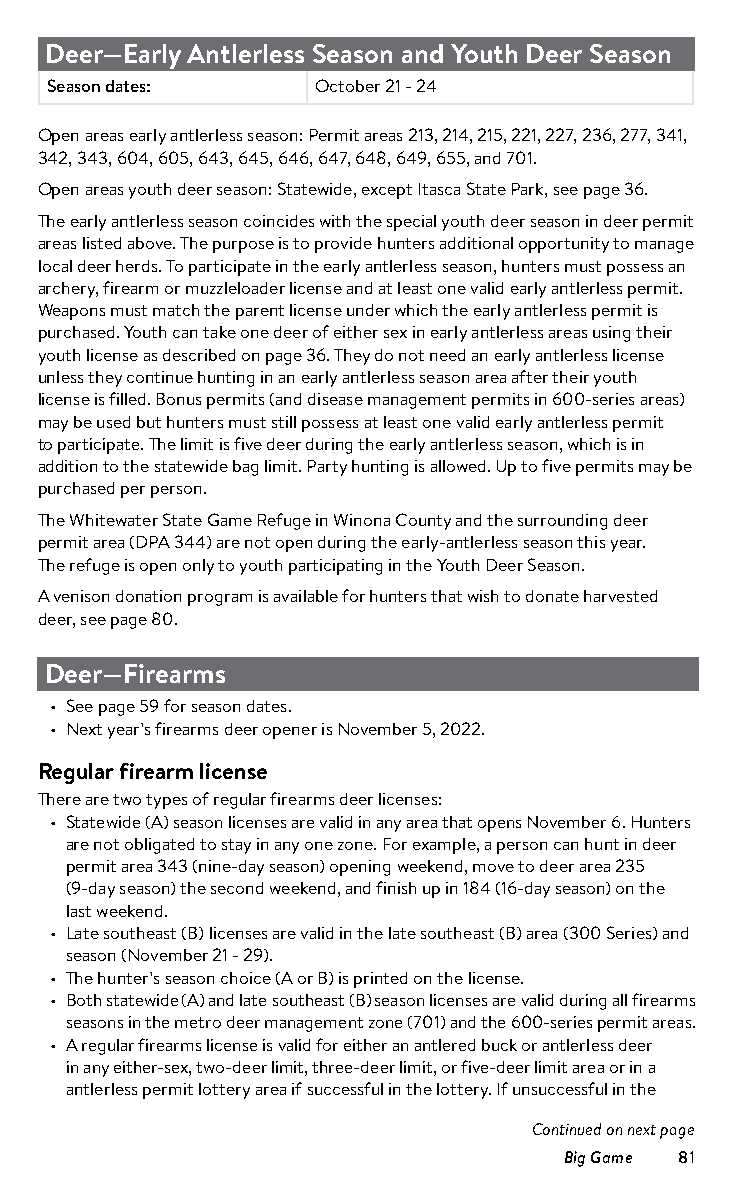
Deer—Early Antlerless Season and Youth Deer Season
 Subject           Dates
 Season dates:     October 21 - 24
 Open areas early antlerless season: Permit areas 213, 214, 215, 221, 227, 236, 277, 341,
 342, 343, 604, 605, 643, 645, 646, 647, 648, 649, 655, and 701.
 Open areas youth deer season: Statewide, except Itasca State Park, see page 36.
 The early antlerless season coincides with the special youth deer season in deer permit
 areas listed above. The purpose is to provide hunters additional opportunity to manage
 local deer herds. To participate in the early antlerless season, hunters must possess an
 archery, firearm or muzzleloader license and at least one valid early antlerless permit.
 Weapons must match the parent license under which the early antlerless permit is
 purchased. Youth can take one deer of either sex in early antlerless areas using their
 youth license as described on page 36. They do not need an early antlerless license
 unless they continue hunting in an early antlerless season area after their youth
 license is filled. Bonus permits (and disease management permits in 600-series areas)
 may be used but hunters must still possess at least one valid early antlerless permit
 to participate. The limit is five deer during the early antlerless season, which is in
 addition to the statewide bag limit. Party hunting is allowed. Up to five permits may be
 purchased per person.
 The Whitewater State Game Refuge in Winona County and the surrounding deer
 permit area (DPA 344) are not open during the early-antlerless season this year.
 The refuge is open only to youth participating in the Youth Deer Season.
 A venison donation program is available for hunters that wish to donate harvested
 deer, see page 80.
 Deer—Firearms
 • See page 59 for season dates.
 • Next year’s firearms deer opener is November 5, 2022.
 Regular firearm license
 There are two types of regular firearms deer licenses:
 • Statewide (A) season licenses are valid in any area that opens November 6. Hunters
 are not obligated to stay in any one zone. For example, a person can hunt in deer
 permit area 343 (nine-day season) opening weekend, move to deer area 235
 (9-day season) the second weekend, and finish up in 184 (16-day season) on the
 last weekend.
 • Late southeast (B) licenses are valid in the late southeast (B) area (300 Series) and
 season (November 21 - 29).
 • The hunter’s season choice (A or B) is printed on the license.
 • Both statewide (A) and late southeast (B) season licenses are valid during all firearms
 seasons in the metro deer management zone (701) and the 600-series permit areas.
 • A regular firearms license is valid for either an antlered buck or antlerless deer
 in any either-sex, two-deer limit, three-deer limit, or five-deer limit area or in a
 antlerless permit lottery area if successful in the lottery. If unsuccessful in the
 Continued on next page
 Big Game 81